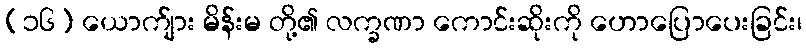
(၁၆) ယောက်ျား မိန်းမ တို့၏ လက္ခဏာ ကောင်းဆိုးကို ဟောပြောပေးခြင်း၊